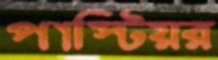
পাস্টিয়র